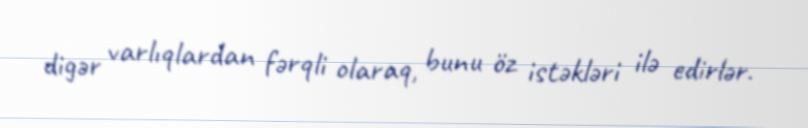
digər varlıqlardan fərqli olaraq, bunu öz istəkləri ilə edirlər.